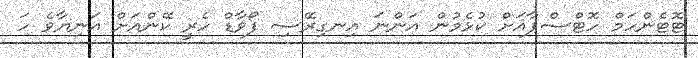
ޓޮޓެންހަމް ހޮޓްސްޕާއަށް ކުޅެމުން އަންނަ އިނގިރޭސި ފޯވާޑް ހެރީ ކޭންއަށް އަނިޔާވެ ހަ